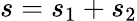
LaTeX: s=s_{1}+s_{2}